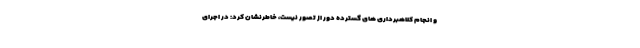
و انجام کلاهبرداری های گسترده دور از تصور نیست، خاطرنشان کرد: در اجرای